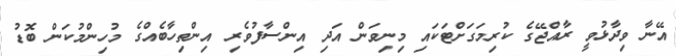
އޭނާ ވިދާޅުވީ ރާއްޖޭގެ ކުރިމަގަށްޓަކައި މިނިވަން އަދި އިންސާފުވެރި އިންތިހާބެއްގެ މުހިންމުކަން ބޮޑު